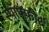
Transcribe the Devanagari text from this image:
स्पॉफ्फोर्थ